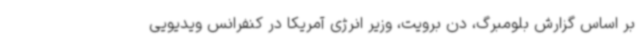
بر اساس گزارش بلومبرگ، دن برویت، وزیر انرژی آمریکا در کنفرانس ویدیویی